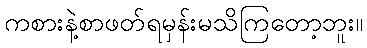
ကစားနဲ့စာဖတ်ရမှန်းမသိကြတော့ဘူး။